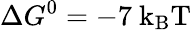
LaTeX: \Delta G^{0}=-7~\mathrm{{k_{B}T}}